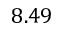
8 . 4 9